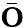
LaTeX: \bar{\mathbf O}